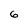
Character: 6